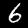
Label: 6